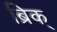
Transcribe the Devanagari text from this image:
ब्रिक्